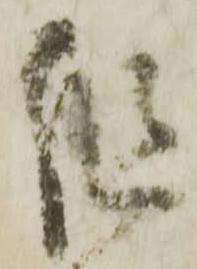
組